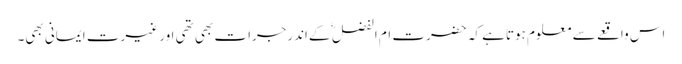
اس واقعے سے معلوم ہوتاہے کہ حضرت ام الفضل ؓ کےاندرجرات بھی تھی اور غیرت ایمانی بھی۔